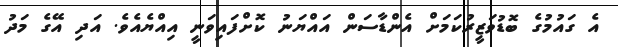
އެ ގައުމުގެ ބޮޑުވަޒީރުކަމަށް އެންޑާސަން އައްޔަނު ކޮށްފައިވަނީ އިއްޔެއެވެ. އަދި އޭގެ މަދު